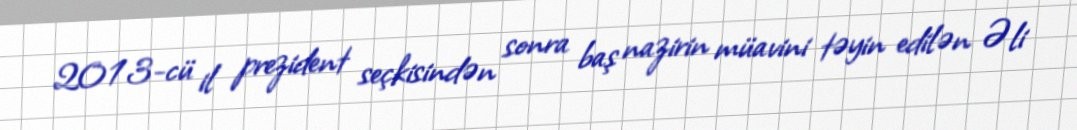
2013-cü il prezident seçkisindən sonra baş nazirin müavini təyin edilən Əli